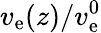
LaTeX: v_{\mathrm{e}}(z)/v_{\mathrm{e}}^{0}